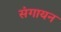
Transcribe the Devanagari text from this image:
संगायन